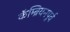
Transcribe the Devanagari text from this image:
कॅम्ब्रियनपूर्व